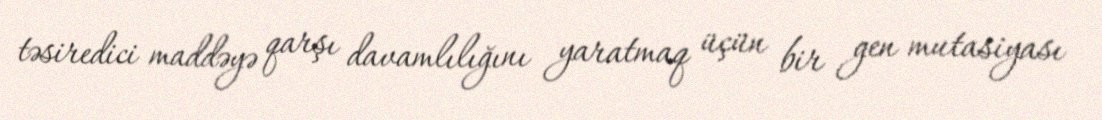
təsiredici maddəyə qarşı davamlılığını yaratmaq üçün bir gen mutasiyası